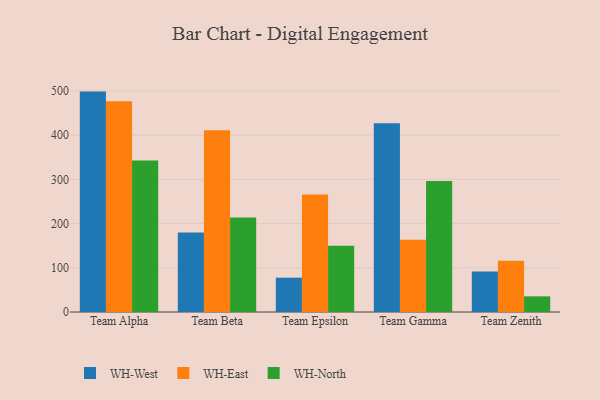
{"axis": {"x": "Team", "y": "Population (Million)"}, "legend": ["WH-East", "WH-North", "WH-West"], "data": [{"x": "Team Alpha", "y": 498.3, "type": "WH-West"}, {"x": "Team Alpha", "y": 476.7, "type": "WH-East"}, {"x": "Team Alpha", "y": 342.4, "type": "WH-North"}, {"x": "Team Beta", "y": 180.0, "type": "WH-West"}, {"x": "Team Beta", "y": 411.1, "type": "WH-East"}, {"x": "Team Beta", "y": 213.9, "type": "WH-North"}, {"x": "Team Epsilon", "y": 77.6, "type": "WH-West"}, {"x": "Team Epsilon", "y": 265.4, "type": "WH-East"}, {"x": "Team Epsilon", "y": 149.6, "type": "WH-North"}, {"x": "Team Gamma", "y": 427.0, "type": "WH-West"}, {"x": "Team Gamma", "y": 163.1, "type": "WH-East"}, {"x": "Team Gamma", "y": 296.4, "type": "WH-North"}, {"x": "Team Zenith", "y": 91.4, "type": "WH-West"}, {"x": "Team Zenith", "y": 116.0, "type": "WH-East"}, {"x": "Team Zenith", "y": 35.4, "type": "WH-North"}]}